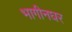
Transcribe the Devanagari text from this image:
भागीनघर